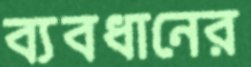
ব্যবধানের